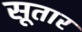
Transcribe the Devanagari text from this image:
सूतार